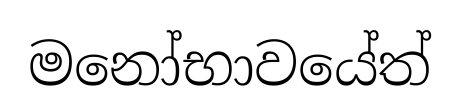
මනෝභාවයේත්